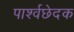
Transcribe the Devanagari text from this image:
पार्श्वछेदक